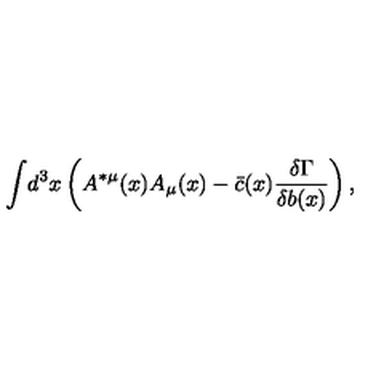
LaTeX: \displaystyle { \int } d ^ { 3 } x \left( A ^ { * \mu } ( x ) A _ { \mu } ( x ) - \bar { c } ( x ) { \displaystyle { \frac { \delta \Gamma } { \delta b ( x ) } } } \right) ,